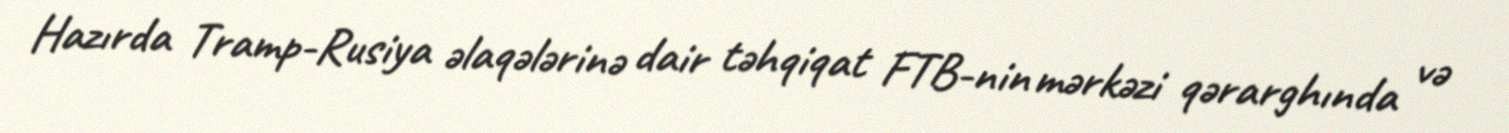
Hazırda Tramp-Rusiya əlaqələrinə dair təhqiqat FTB-nin mərkəzi qərarghında və